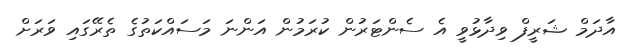
އާދަމް ޝަރީފް ވިދާޅުވީ އެ ސެންޓަރުން ކުރަމުން އަންނަ މަސައްކަތުގެ ތެރޭގައި ވަރަށް